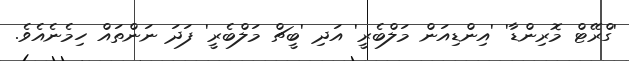
'ގްރޭޓް މޮރިންޑާ' 'އިންޑިއަން މަލްބެރީ' އަދި 'ބީޗް މަލްބެރީ' ފަދަ ނަންތައް ހިމެނެއެވެ.